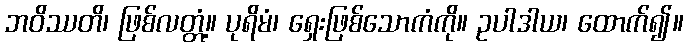
ဘဝိဿတိ၊ ဖြစ်လတ္တံ့။ ပုရိမံ၊ ရှေးဖြစ်သောကံကို။ ဥပါဒါယ၊ ထောက်၍။